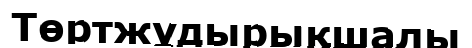
Төртжұдырықшалы